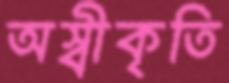
অস্বীকৃতি